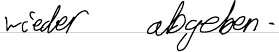
wieder abgeben.